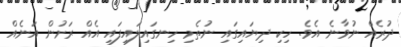
ދުރެއް ނުވާނެ އެވެ. ހިކި ދިޔައިގައި ނުތެމި ހިނގައިލައިފައި އެއް ރަށުން އަނެއް